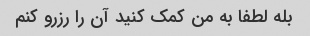
بله لطفا به من کمک کنید آن را رزرو کنم